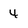
Character: 4